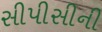
સીપીસીની